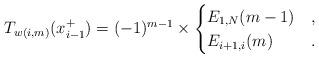
LaTeX: \begin{gather*} T_{w(i,m)}(x_{i-1}^+) = (-1)^{m-1} \times \begin{cases}E_{1,N}(m-1) & ,\\E_{i+1,i}(m) & .\end{cases}\end{gather*}